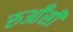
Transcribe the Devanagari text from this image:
रुआँसी